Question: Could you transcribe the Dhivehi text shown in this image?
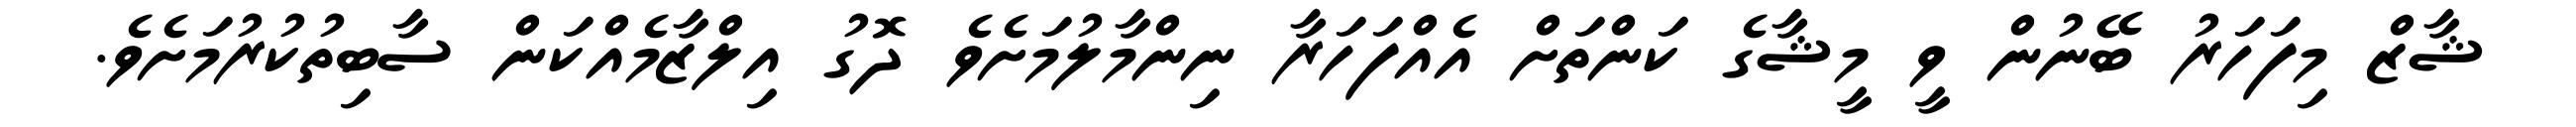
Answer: ޝާޒް މިފަހަރު ބޭނުން ވީ މީޝާގެ ކަންތަށް އެއްފަހަރާ ނިންމާލުމަށެވެ ދޮގު އިލްޒާމެއްކަން ސާބިތުކުރުމަށެވެ.